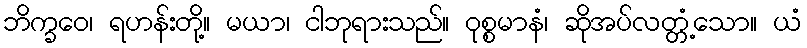
ဘိက္ခဝေ၊ ရဟန်းတို့။ မယာ၊ ငါဘုရားသည်။ ဝုစ္စမာနံ၊ ဆိုအပ်လတ္တံ့သော။ ယံ